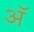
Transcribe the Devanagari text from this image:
अॅ